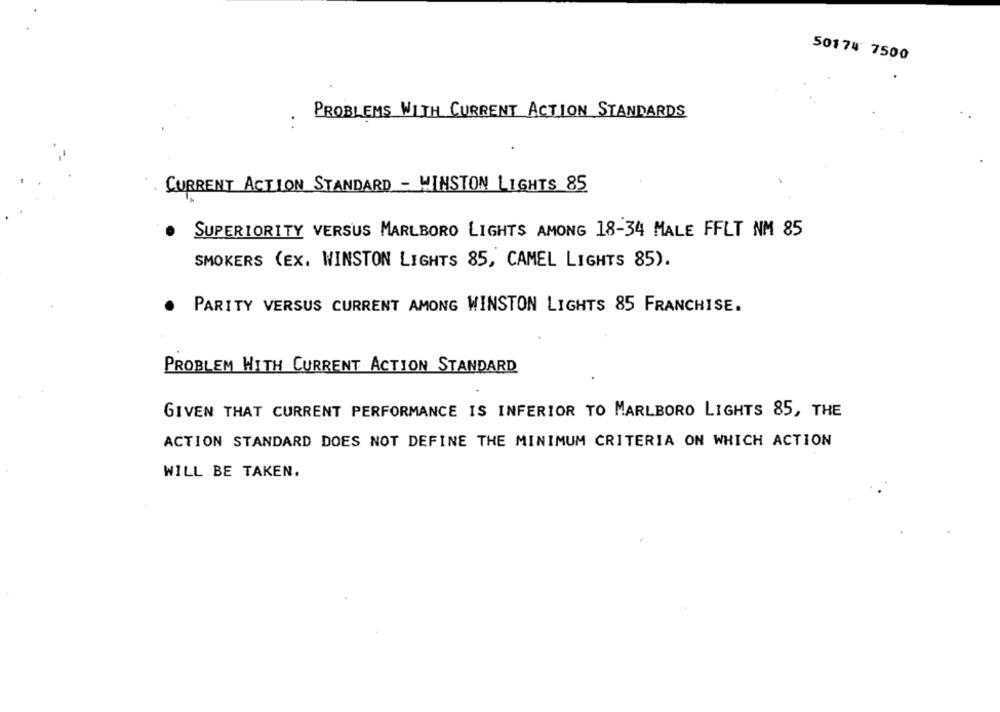
50174 7500
PROBLEMS WITH CURRENT ACTION STANDARDS
CURRENT ACTION STANDARD - WINSTON LIGHTS 85
SUPERIORITY VERSUS MARLBORO LIGHTS AMONG 18-34 MALE FFLT NM 85
SMOKERS (EX. WINSTON LIGHTS 85, CAMEL LIGHTS 85).
PARITY VERSUS CURRENT AMONG WINSTON LIGHTS 85 FRANCHISE.
PROBLEM WITH CURRENT ACTION STANDARD
GIVEN THAT CURRENT PERFORMANCE IS INFERIOR TO MARLBORO LIGHTS 85, THE
ACTION STANDARD DOES NOT DEFINE THE MINIMUM CRITERIA ON WHICH ACTION
WILL BE TAKEN.